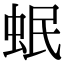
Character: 𧉬